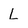
Character: L